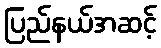
ပြည်နယ်အဆင့်